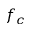
f _ { c }